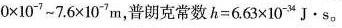
0 \times 1 0 ^ { - 7 } ~ 7 . 6 × 1 0 ^ { - 7 } m$$，普朗克常数$$h = 6 . 6 3 \times 1 0 ^ { - 3 4 } J · s$$.